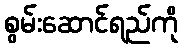
စွမ်းဆောင်ရည်ကို